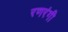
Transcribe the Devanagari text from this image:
रणरंगी